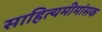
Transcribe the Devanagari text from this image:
साहित्यमीमांसक